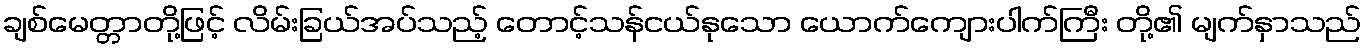
ချစ်မေတ္တာတို့ဖြင့် လိမ်းခြယ်အပ်သည့် တောင့်သန်ငယ်နုသော ယောက်ကျေားပါက်ကြီး တို့၏ မျက်နှာသည်